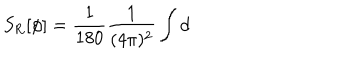
S _ { \mathrm { R } } [ \phi ] = \frac { 1 } { 1 8 0 } \frac { 1 } { ( 4 \pi ) ^ { 2 } } \int \mathrm { d }